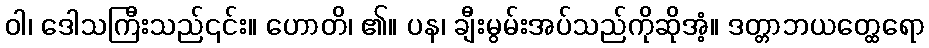
ဝါ၊ ဒေါသကြီးသည်၎င်း။ ဟောတိ၊ ၏။ ပန၊ ချီးမွမ်းအပ်သည်ကိုဆိုအံ့။ ဒတ္တာဘယတ္ထေရော